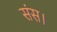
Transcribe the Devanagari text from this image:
संस।